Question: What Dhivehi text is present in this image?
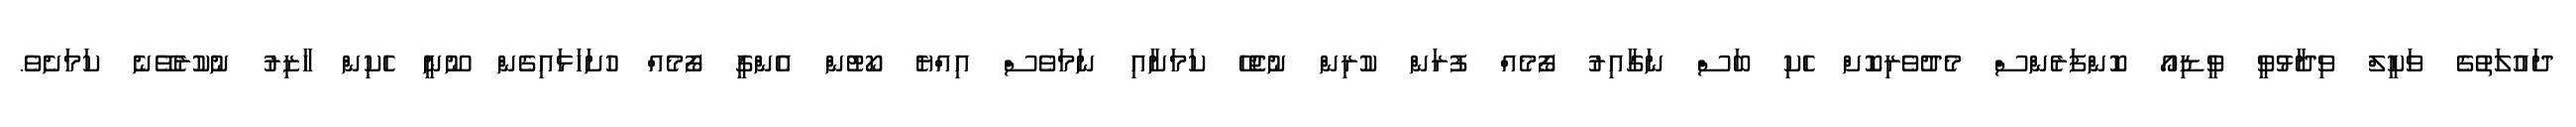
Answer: ދައުލަތުގެ ވަކީލް ވިދާޅުވީ ވީޑިއޯ ކޮންފަރެންސް މެދުވެރިކޮށް ހެކި ބަސް ނަގާއިރު ފޯމެއް ފުރަން ކުރިން ނުޖެހޭ ކަމަށާއި ނަމަވެސް އިއްޔެ ކޯޓުން އެންގީ ފޯމެއް ހުށަހަޅައިގެން ނޫނީ ހެކިން ހާޒިރު ނުކުރެވޭނެ ކަމަށެވެ.